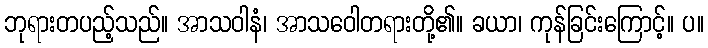
ဘုရားတပည့်သည်။ အာသဝါနံ၊ အာသဝေါတရားတို့၏။ ခယာ၊ ကုန်ခြင်းကြောင့်။ ပ။